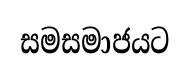
සමසමාජයට